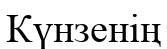
Күнзенің